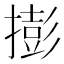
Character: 𢵓